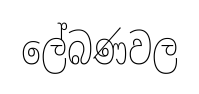
ලේබණවල